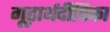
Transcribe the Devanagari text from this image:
गूढ़ार्थदीपिका